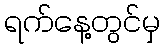
ရက်နေ့တွင်မှ